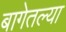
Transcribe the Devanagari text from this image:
बागेतल्या